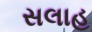
સલાહ